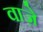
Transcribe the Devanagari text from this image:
वाज़े